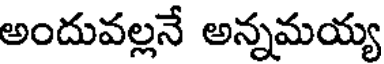
అందువల్లనే అన్నమయ్య